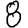
Digit: 8